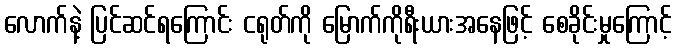
လောက်နဲ့ ပြင်ဆင်ရကြောင်း ငရုတ်ကို မြောက်ကိုရီးယားအနေဖြင့် စေခိုင်းမှုကြောင့်